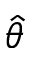
\hat { \theta }